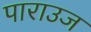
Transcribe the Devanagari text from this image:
पाराउज